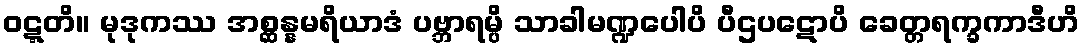
ဝဋ္ဋတိ။ မုဒုကဿ အစ္ဆန္နမရိယာဒံ ပဗ္ဘာရမ္ပိ သာခါမဏ္ဍပေါပိ ပီဌပဋောပိ ခေတ္တရက္ခကာဒီဟိ